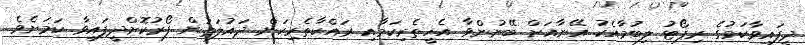
ދީފައިވާކަމުގެ ރިޕޯޓު ލިބުމާއެކު އޭނާއަށް ބޭނުންވާ އެހީތެރިކަމާއި ރައްކާތެރިކަން ދައުލަތުން ފޯރުކޮށްދީފައިވާ ކަމަށެވެ.